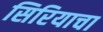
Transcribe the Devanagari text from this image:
सिरियाचा